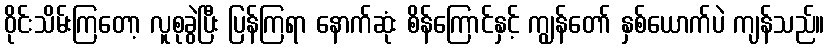
ဝိုင်းသိမ်းကြတော့ လူစုခွဲပြီး ပြန်ကြရာ နောက်ဆုံး စိန်ကြောင်နှင့် ကျွန်တော် နှစ်ယောက်ပဲ ကျန်သည်။